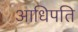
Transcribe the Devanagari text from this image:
आधिपति